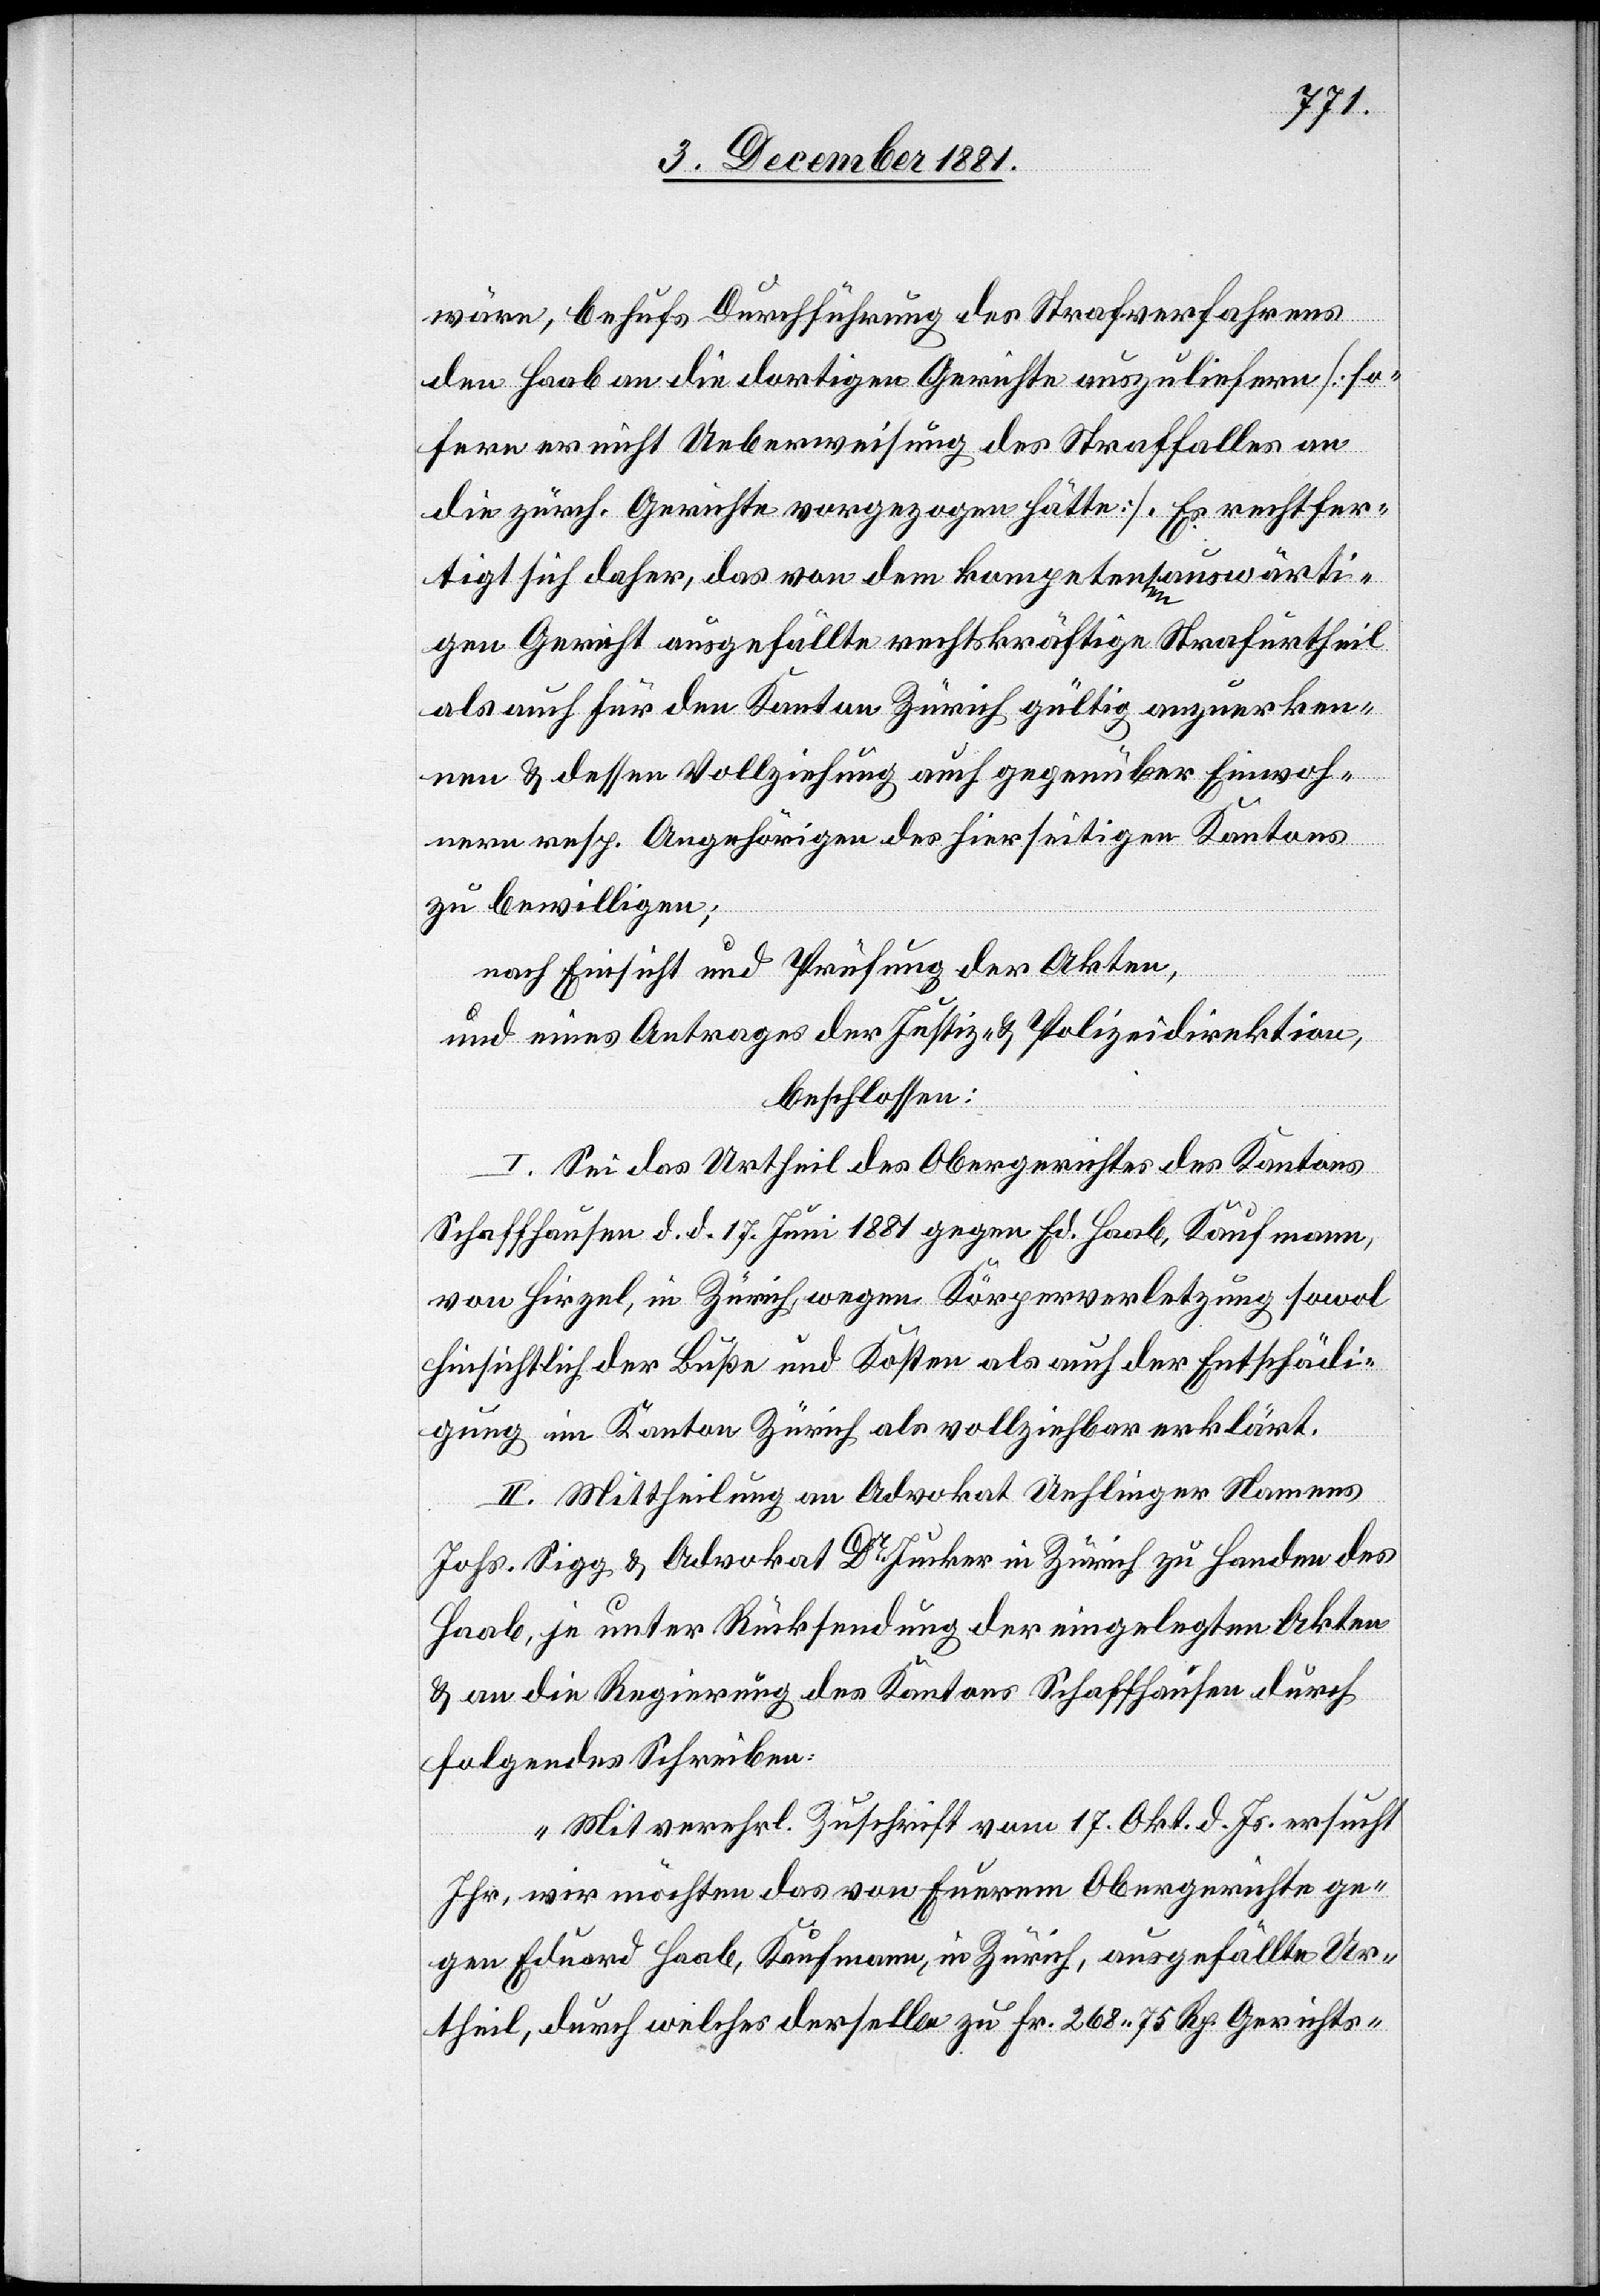
wäre, behufs Durchführung des Strafverfahrens
den Haab an die dortigen Gerichte auszuliefern [so¬
fern er nicht Ueberweisung des Straffalles an
die zürch. Gerichte vorgezogen hätte]. Es rechtfer¬
tigt sich daher, das von dem kompetenten auswärti¬
gen Gericht ausgefällte rechtskräftige Strafurtheil
als auch für den Kanton Zürich gültig anzuerken¬
nen & dessen Vollziehung auch gegenüber Einwoh¬
nern resp. Angehörigen des hierseitigen Kantons
zu bewilligen;
nach Einsicht und Prüfung der Akten,
und eines Antrages der Justiz- & Polizeidirektion,
beschlossen:
I. Sei das Urtheil des Obergerichtes des Kantons
Schaffhausen d. d. 17 Juni 1881 gegen Ed. Haab, Kaufmann,
von Hirzel, in Zürich, wegen Körperverletzung sowol
hinsichtlich der Buße und Kosten als auch der Entschädi¬
gung im Kanton Zürich als vollziehbar erklärt.
II. Mittheilung an Advokat Uehlinger Namens
Johs. Sigg & Advokat Dr Jucker in Zürich zu Handen des
Haag, je unter Rücksendung der eingelegten Akten
& an die Regierung des Kantons Schaffhausen durch
folgendes Schreiben:
„Mit verehrl. Zuschrift vom 17. Okt. d. Js. ersucht
Ihr, wir möchten das von Euerem Obergerichte ge¬
gen Eduard Haab, Kaufmann, in Zürich, ausgefällte Ur¬
theil, durch welches derselbe zu Fr. 268 75 Rp. Gerichts-